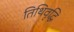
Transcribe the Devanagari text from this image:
तिथिवृद्धि